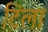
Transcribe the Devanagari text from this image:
टिला